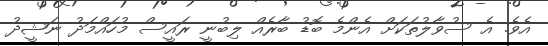
އެވެ. އެ ސުވާލުތަކަށް އެންމެ ބޮޑު ބާރެއް ލިބުނީ ރައީސް މުހައްމަދު ނަޝީދު